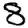
Digit: 8